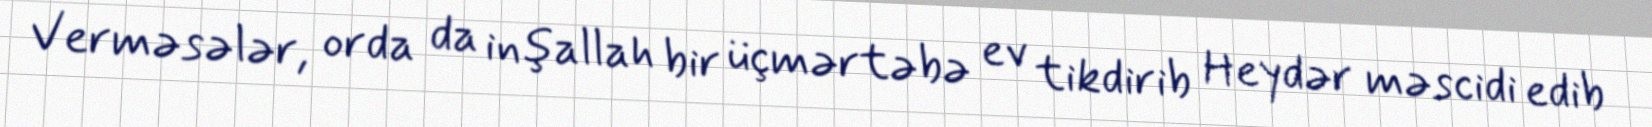
Verməsələr, orda da inşallah bir üçmərtəbə ev tikdirib Heydər məscidi edib